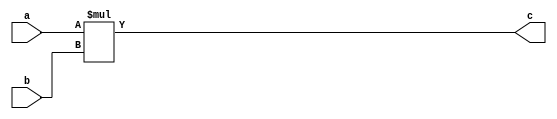
`timescale 1ns/1ps

// multiplier returns 16 bit output, used for variance (pow)
module multiplier_no_cut
(
	a,b, c
);

	input [7:0] a;
	input [7:0] b;
	output [15:0] c;

	assign c = a*b;
endmodule


// multiplier returns 16 bit output, cutoff
module multiplier
(
	a,b, c
);

	input [7:0] a;
	input [7:0] b;
	output [7:0] c;
	wire[15:0] my_c;
	assign my_c = a*b;
	
	
	assign c = (my_c[15:8] != 8'h0) ? 16'hff : my_c[7:0] ;

endmodule



// multiply matrix\vector a by matrix\vector b, dot product
module multiplier9by9
(
	a1, a2, a3, a4, a5, a6, a7, a8, a9,
	b1, b2, b3, b4, b5, b6, b7, b8, b9,
	res
);
	input [7:0] a1;
	input [7:0] a2;
	input [7:0] a3;
	input [7:0] a4;
	input [7:0] a5;
	input [7:0] a6;
	input [7:0] a7;
	input [7:0] a8;
	input [7:0] a9;
	
	input [7:0] b1;
	input [7:0] b2;
	input [7:0] b3;
	input [7:0] b4;
	input [7:0] b5;
	input [7:0] b6;
	input [7:0] b7;
	input [7:0] b8;
	input [7:0] b9;
	
	// saving 1 by 1 multiply results
	wire [7:0] mult1, mult2, mult3, mult4, mult5, mult6, mult7, mult8, mult9;
	output [7:0] res;
	
	//performing dot product
	multiplier mul1(.a(a1), .b(b1), .c(mult1));
	multiplier mul2(.a(a2), .b(b2), .c(mult2));
	multiplier mul3(.a(a3), .b(b3), .c(mult3));
	multiplier mul4(.a(a4), .b(b4), .c(mult4));
	multiplier mul5(.a(a5), .b(b5), .c(mult5));
	multiplier mul6(.a(a6), .b(b6), .c(mult6));
	multiplier mul7(.a(a7), .b(b7), .c(mult7));
	multiplier mul8(.a(a8), .b(b8), .c(mult8));
	multiplier mul9(.a(a9), .b(b9), .c(mult9));
	
	//used for cutoff
	wire[15:0] my_res;
	assign my_res = (mult1 + mult2 + mult3 + mult4 + mult5 + mult6 + mult7 + mult8 + mult9 );
	
	//cutoff checking if larger than 0xff
	assign res = (my_res[15:8] != 8'h0) ? 16'hff : my_res[7:0] ;

endmodule


//this module receives four 8 bit inputs and returns their average (used for normalization)
module average 
(
	in1,in2,in3,in4, out
);
input[7:0] in1;
input[7:0] in2;
input[7:0] in3;
input[7:0] in4;

output[7:0] out;

wire[15:0] sum;
assign sum = in1 + in2 + in3 + in4;

assign out = sum[9:2]; //shift right

endmodule

//this module receives four 16-bit inputs and returns their average with cutoff over 0xff
//(used for variance)
module average_in15bit 
(
	in1,in2,in3,in4, out
);
input[15:0] in1;
input[15:0] in2;
input[15:0] in3;
input[15:0] in4;

output[7:0] out;

// sum without cutoff
wire[23:0] sum;
assign sum = in1 + in2 + in3 + in4;
wire[23:0] avg = {2'b00,sum[23:2]} ; // shift right 2

// cutoff
assign out = (avg[23:8] != 16'h00) ? 8'hff : avg[7:0] ;

endmodule


//this module receives the output and normalizes it using the average module
module normallize
(
	in1,in2,in3,in4,
	out1,out2,out3,out4
);

input [7:0] in1;
input [7:0] in2;
input [7:0] in3;
input [7:0] in4;
output [7:0] out1;
output [7:0] out2;
output [7:0] out3;
output [7:0] out4;


wire[7:0] avg;

average my_avg(.in1(in1), .in2(in2), .in3(in3), .in4(in4), .out(avg));

assign out1 = (in1 > avg) ? (in1-avg) : 8'h00;
assign out2 = (in2 > avg) ? (in2-avg) : 8'h00;
assign out3 = (in3 > avg) ? (in3-avg) : 8'h00;
assign out4 = (in4 > avg) ? (in4-avg) : 8'h00;

endmodule

module variance
(
	in1, in2, in3, in4, out
);
input [7:0] in1;
input [7:0] in2;
input [7:0] in3;
input [7:0] in4;
output [7:0] out;

wire [7:0] avg;
average my_avg(.in1(in1), .in2(in2), .in3(in3), .in4(in4), .out(avg));

wire[7:0] arg1;
wire[7:0] arg2;
wire[7:0] arg3;
wire[7:0] arg4;

assign arg1 = (in1 > avg) ? (in1-avg) : (avg-in1);
assign arg2 = (in2 > avg) ? (in2-avg) : (avg-in2);
assign arg3 = (in3 > avg) ? (in3-avg) : (avg-in3);
assign arg4 = (in4 > avg) ? (in4-avg) : (avg-in4);

wire[15:0] arg1_squared;
wire[15:0] arg2_squared;
wire[15:0] arg3_squared;
wire[15:0] arg4_squared;

multiplier_no_cut my_mult1(.a(arg1), .b(arg1), .c(arg1_squared));
multiplier_no_cut my_mult2(.a(arg2), .b(arg2), .c(arg2_squared));
multiplier_no_cut my_mult3(.a(arg3), .b(arg3), .c(arg3_squared));
multiplier_no_cut my_mult4(.a(arg4), .b(arg4), .c(arg4_squared));

average_in15bit var_avg(.in1(arg1_squared), .in2(arg2_squared), .in3(arg3_squared), .in4(arg4_squared), .out(out));

endmodule


// Module Declaration
module ai_accel
(
        rst_n		,  // Reset Neg
        clk,             // Clk
        addr		,  // Address
		  wr_en,		//Write enable
		  accel_select,
		  data_in,
		  ctr,
        data_out,   // Output Data
		  output_case,
		  filter_controller
    );
	 
	 input rst_n;
	 input clk;
	 input [31:0] addr;
	 input wr_en;
	 input accel_select;
	 input [1:0] output_case;
	 input filter_controller;
	 input [31:0] data_in;
	 output [31:0] data_out;
	 output [15:0] ctr;
	 
	 
	 reg [31:0] data_out;
 
	 reg go_bit;
	 wire go_bit_in;
	 reg done_bit;
	 wire done_bit_in;

	 reg [15:0] counter;
	 
	 reg [31:0] matrix_row1;
	 reg [31:0] matrix_row2;
	 wire [31:0] output_wire;
	 reg [31:0] matrix_row3;
	 reg [31:0] matrix_row4;
	 reg [31:0] filter_row1;
	 reg [31:0] filter_row2;
	 reg [31:0] filter_row3;
	 

	 reg [31:0] result;

	 wire[15:0] out;

	 assign ctr = counter;
	 
	 always @(addr[6:2], matrix_row1, matrix_row2, output_wire,matrix_row3,matrix_row4,filter_row1,filter_row2,filter_row3, counter, done_bit, go_bit, counter) begin
		case(addr[6:2])
		5'b01000: data_out = {done_bit, 30'b0, go_bit};
		5'b01001: data_out = {16'b0, counter}; 
		5'b01010: data_out = matrix_row1;
		5'b01011: data_out = matrix_row2;
		5'b01100: data_out = output_wire;
		5'b01101: data_out = matrix_row3;
		5'b01110: data_out = matrix_row4;
		5'b01111: data_out = filter_row1;
		5'b10000: data_out = filter_row2;
		5'b10001: data_out = filter_row3;
		default: data_out = 32'b0;
		endcase
	 end
	 
	 assign go_bit_in = (wr_en & accel_select & (addr[6:2] == 5'b01000));
	
	 always @(posedge clk or negedge rst_n)
		if(~rst_n) go_bit <= 1'b0;
		else go_bit <=  go_bit_in ? 1'b1 : 1'b0;
		
	 always @(posedge clk or negedge rst_n)
		if(~rst_n) begin
			counter <=16'b0;
			matrix_row1 <= 32'b0;
			matrix_row2 <= 32'b0;
			matrix_row3 <= 32'b0;
			matrix_row4 <= 32'b0;
			filter_row1 <= 32'b0;
			filter_row2 <= 32'b0;
			filter_row3 <= 32'b0;

		end
		else begin
			if (wr_en & accel_select) begin
				matrix_row1 <= (addr[6:2] == 5'b01010) ? data_in : matrix_row1;
				matrix_row2 <= (addr[6:2] == 5'b01011) ? data_in : matrix_row2;
				matrix_row3 <= (addr[6:2] == 5'b01101) ? data_in : matrix_row3;
				matrix_row4 <= (addr[6:2] == 5'b01110) ? data_in : matrix_row4;
				filter_row1 <= (addr[6:2] == 5'b01111) ? data_in : filter_row1;
				filter_row2 <= (addr[6:2] == 5'b10000) ? data_in : filter_row2;
				filter_row3 <= (addr[6:2] == 5'b10001) ? data_in : filter_row3;

			end
			else begin
				matrix_row1 <= matrix_row1;
				matrix_row2 <= matrix_row2;
				matrix_row3 <= matrix_row3;
				matrix_row4 <= matrix_row4;
				filter_row1 <= filter_controller ?32'h01010101 :filter_row1;
				filter_row2 <= filter_controller ? 32'h01010101 :filter_row2;
				filter_row3 <= filter_controller ? 32'h01010101 :filter_row3; 
			end
			counter <= go_bit_in? 16'h00 : done_bit_in ? counter : counter +16'h01;
		end
	 
	reg [31:0] result_in;
	
	wire [7:0] res00;
	wire [7:0] res01;
	wire [7:0] res10;
	wire [7:0] res11;
	
	wire [7:0] norm_res00;
	wire [7:0] norm_res01;
	wire [7:0] norm_res10;
	wire [7:0] norm_res11;
	
	wire [7:0] avg;
	
	wire[7:0] var;
	
	
	//First
	multiplier9by9 mul1(.a1(matrix_row1[7:0]), .a2(matrix_row1[15:8]), .a3(matrix_row1[23:16]),
						.a4(matrix_row2[7:0]), .a5(matrix_row2[15:8]), .a6(matrix_row2[23:16]),
						.a7(matrix_row3[7:0]), .a8(matrix_row3[15:8]), .a9(matrix_row3[23:16]),
						.b1(filter_row1[7:0]), .b2(filter_row1[15:8]), .b3(filter_row1[23:16]),
						.b4(filter_row2[7:0]), .b5(filter_row2[15:8]), .b6(filter_row2[23:16]),
						.b7(filter_row3[7:0]), .b8(filter_row3[15:8]), .b9(filter_row3[23:16]),
						.res(res00)
						);
						
	//Second
	multiplier9by9 mul2(.a1(matrix_row1[15:8]), .a2(matrix_row1[23:16]), .a3(matrix_row1[31:24]),
						.a4(matrix_row2[15:8]), .a5(matrix_row2[23:16]), .a6(matrix_row2[31:24]),
						.a7(matrix_row3[15:8]), .a8(matrix_row3[23:16]), .a9(matrix_row3[31:24]),
						.b1(filter_row1[7:0]), .b2(filter_row1[15:8]), .b3(filter_row1[23:16]),
						.b4(filter_row2[7:0]), .b5(filter_row2[15:8]), .b6(filter_row2[23:16]),
						.b7(filter_row3[7:0]), .b8(filter_row3[15:8]), .b9(filter_row3[23:16]),
						.res(res01)
						);
						
	//Third
	multiplier9by9 mul3(.a1(matrix_row2[7:0]), .a2(matrix_row2[15:8]), .a3(matrix_row2[23:16]),
						.a4(matrix_row3[7:0]), .a5(matrix_row3[15:8]), .a6(matrix_row3[23:16]),
						.a7(matrix_row4[7:0]), .a8(matrix_row4[15:8]), .a9(matrix_row4[23:16]),
						.b1(filter_row1[7:0]), .b2(filter_row1[15:8]), .b3(filter_row1[23:16]),
						.b4(filter_row2[7:0]), .b5(filter_row2[15:8]), .b6(filter_row2[23:16]),
						.b7(filter_row3[7:0]), .b8(filter_row3[15:8]), .b9(filter_row3[23:16]),
						.res(res10)
						);
						
	//Fourth
	multiplier9by9 mul4(.a1(matrix_row2[15:8]), .a2(matrix_row2[23:16]), .a3(matrix_row2[31:24]),
						.a4(matrix_row3[15:8]), .a5(matrix_row3[23:16]), .a6(matrix_row3[31:24]),
						.a7(matrix_row4[15:8]), .a8(matrix_row4[23:16]), .a9(matrix_row4[31:24]),
						.b1(filter_row1[7:0]), .b2(filter_row1[15:8]), .b3(filter_row1[23:16]),
						.b4(filter_row2[7:0]), .b5(filter_row2[15:8]), .b6(filter_row2[23:16]),
						.b7(filter_row3[7:0]), .b8(filter_row3[15:8]), .b9(filter_row3[23:16]),
						.res(res11)
						);
						
	normallize my_normallize(	.in1(res00), .in2(res01), .in3(res10), .in4(res11),
					.out1(norm_res00), .out2(norm_res01), .out3(norm_res10), .out4(norm_res11)
					);	
	average my_avg(.in1(res00),.in2(res01),.in3(res10),.in4(res11),.out(avg));			
	
	variance my_var(.in1(res00), .in2(res01), .in3(res10), .in4(res11), .out(var));
	
	
	//assign result_in = {norm_res11, var, norm_res01, norm_res00} ;
							 
	 always @(posedge clk or negedge rst_n)
		if(~rst_n) result <=32'h0;
		else result <= result_in;
	 	 
	 assign output_wire = result;
	 
	 assign done_bit_in = (counter == 16'd1);
	 
	 always @(posedge clk or negedge rst_n)
		if(~rst_n) done_bit <= 1'b0;
		else done_bit <= go_bit_in ? 1'b0 : done_bit_in;
	 
	 always @(output_case,res11,res10,res01,res00,norm_res11,norm_res10,norm_res01,norm_res00,avg,var )
	 begin
		case(output_case)
		2'b00 : result_in = {res11,res10,res01,res00};
		2'b01 : result_in = {norm_res11,norm_res10,norm_res01,norm_res00};
		2'b10 : result_in = {24'h00, avg};
		2'b11 : result_in = {24'h00, var};
		default : result_in = {res11,res10,res01,res00};
		endcase
	 end
endmodule